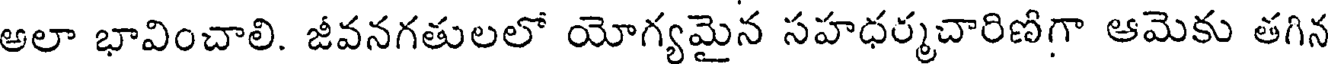
అలా భావించాలి. జీవనగతులలో యోగ్యమైన సహధర్మచారిణిగా ఆమెకు తగిన